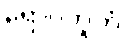
ရောဂဘူတံ